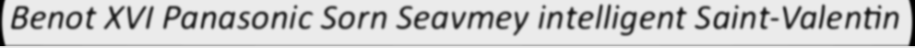
Benot XVI Panasonic Sorn Seavmey intelligent Saint-Valentin